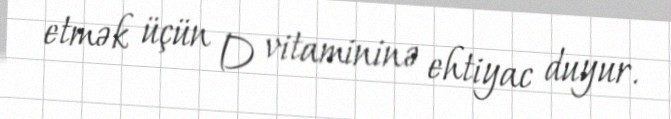
etmək üçün D vitamininə ehtiyac duyur.